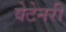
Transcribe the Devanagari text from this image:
वेटेनरी